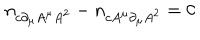
n _ { c \partial _ { \mu } A ^ { \mu } A ^ { 2 } } - n _ { c A ^ { \mu } \partial _ { \mu } A ^ { 2 } } = 0